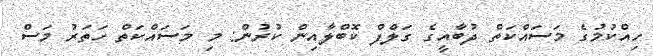
ހިއްކުމުގެ މަސައްކަތް ދުބާއީގެ ގަލްފް ކޮބްލާއިން ކުރުން: މި މަސައްކަތް ހަތަރު މަސް